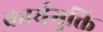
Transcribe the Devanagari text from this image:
कार्यमुक्ति